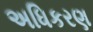
અધિકરણ